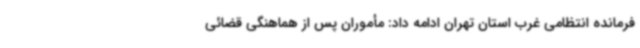
فرمانده انتظامی غرب استان تهران ادامه داد: مأموران پس از هماهنگی قضائی